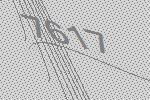
7617